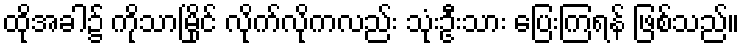
ထိုအခါ၌ ကိုသာမြိုင် လိုက်လိုကလည်း သုံးဦးသား ပြေးကြရန် ဖြစ်သည်။